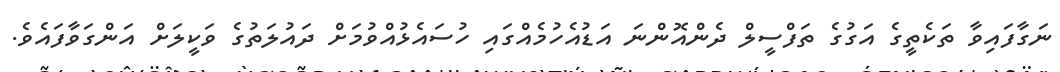
ނަގާފައިވާ ތަކެތީގެ އަގުގެ ތަފްސީލް ދެންއޮންނަ އަޑުއެހުމެއްގައި ހުސައެޅުއްވުމަށް ދައުލަތުގެ ވަކީލަށް އަންގަވާފައެވެ.